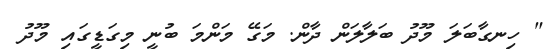
" ހިނގާބަލަ މޫދު ބަލާލަން ދާން. މަގޭ މަންމަ ބުނީ މިގަޑީގައި މޫދު